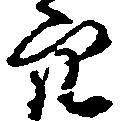
穴